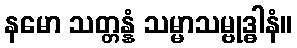
နမော သတ္တန္နံ သမ္မာသမ္ဗုဒ္ဓါနံ။